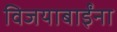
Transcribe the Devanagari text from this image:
विजयाबाईंना